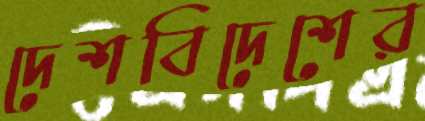
দেশবিদেশের